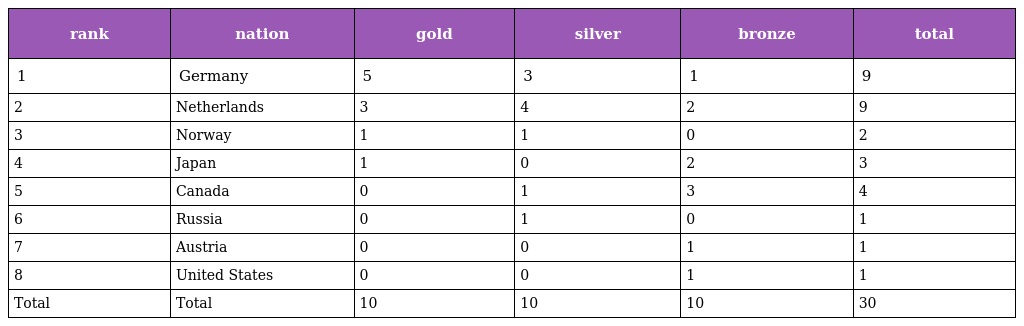
| rank | nation | gold | silver | bronze | total |
 | --- | --- | --- | --- | --- | --- |
 | 1 | Germany | 5 | 3 | 1 | 9 |
 | 2 | Netherlands | 3 | 4 | 2 | 9 |
 | 3 | Norway | 1 | 1 | 0 | 2 |
 | 4 | Japan | 1 | 0 | 2 | 3 |
 | 5 | Canada | 0 | 1 | 3 | 4 |
 | 6 | Russia | 0 | 1 | 0 | 1 |
 | 7 | Austria | 0 | 0 | 1 | 1 |
 | 8 | United States | 0 | 0 | 1 | 1 |
 | Total | Total | 10 | 10 | 10 | 30 |